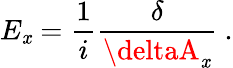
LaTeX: E_{\mathit{x}}=\frac{{1}}{{i}}\frac{{\delta}}{{\deltaA_{\mathit{x}}}}\ .